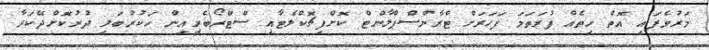
މަރުވެފައި އޮތް ހިތެއް ފުރަތަމަ ފަހަރަށް ޓްރާންސްޕްލާންޓް ކޮށްފިޗޮކްލެޓާއި ސްޓްރޯބެރީއިން ހަކުރުބަލި ދުރުކޮށްދޭކަރާ